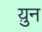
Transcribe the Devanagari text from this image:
य़ुन